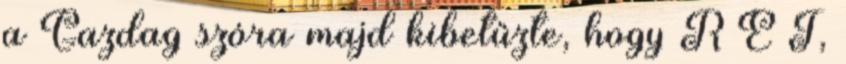
a Gazdag szóra majd kibetűzte, hogy R É T,